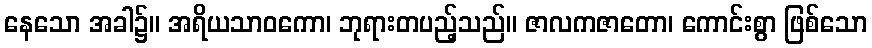
နေသော အခါ၌။ အရိယသာဝကော၊ ဘုရားတပည့်သည်။ ဇာလကဇာတော၊ ကောင်းစွာ ဖြစ်သော